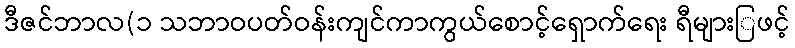
ဒီဇင်ဘာလ(၁ သဘာဝပတ်ဝန်းကျင်ကာကွယ်စောင့်ရှောက်ရေး ရီများြဖင့်